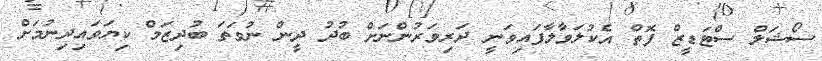
ސޯޝަލް ސްޓަޑީޒް ފޮތް އެކުލަވާލާފައިވަނީ ދަރިވަރުންނަށް ބުދު ދީން ނުވަތަ ބުދިޒަމް ކިޔަވައިދިނުމަށް